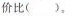
价比( )。